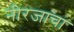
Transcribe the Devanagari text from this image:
नीरजाचा